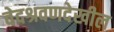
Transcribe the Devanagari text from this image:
वेदश्रवणदेखील